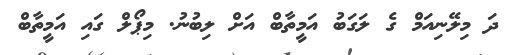
ދަ މިލޭނިއަމް ގެ ލަގަބު އަމީތާބް އަށް ލިބުނު. މިޕޯލް ގައި އަމީތާބް